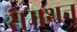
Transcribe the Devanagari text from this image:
सम्रथन